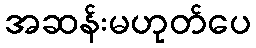
အဆန်းမဟုတ်ပေ